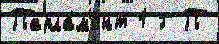
Парла́м'ент 1 Г П